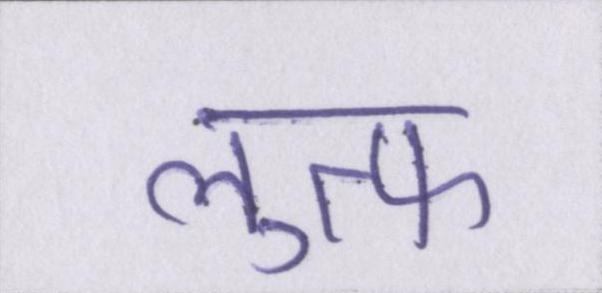
लुत्फ